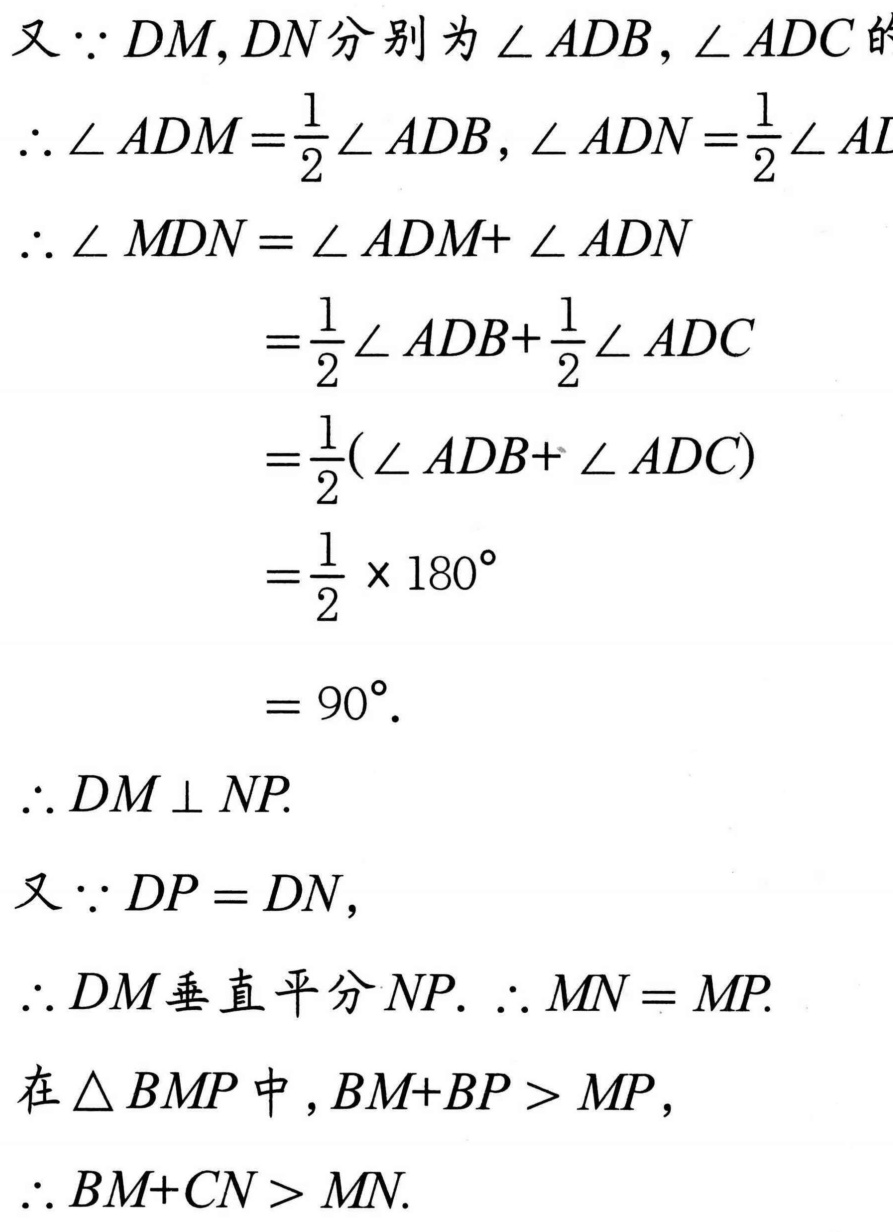
又\(\because DM,DN\)分别为\(\angle ADB,\angle ADC\)的
\(\therefore \angle ADM=\frac{1}{2}\angle ADB,\angle ADN=\frac{1}{2}\angle ADC\)
\(\therefore \angle MDN = \angle ADM+ \angle ADN\)
\(=\frac{1}{2}\angle ADB+\frac{1}{2}\angle ADC\)
\(=\frac{1}{2}(\angle ADB+ \angle ADC)\)
\(=\frac{1}{2} \times 180^{\circ}\)
\(= 90^{\circ}.\)
\(\therefore DM \perp NP.\)
又\(\because DP = DN\)，
\(\therefore DM\)垂直平分\(NP.\ \therefore MN = MP.\)
在\(\triangle BMP\)中，\(BM + BP> MP\)，
\(\therefore BM + CN> MN.\)